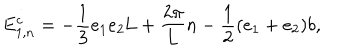
LaTeX: E _ { 1 , n } ^ { c } = - \frac { 1 } { 3 } e _ { 1 } e _ { 2 } \mathrm { L } + \frac { 2 { \pi } } { 2 { \pi } } { L } n - \frac { 1 } { 2 } ( e _ { 1 } + e _ { 2 } ) b ,